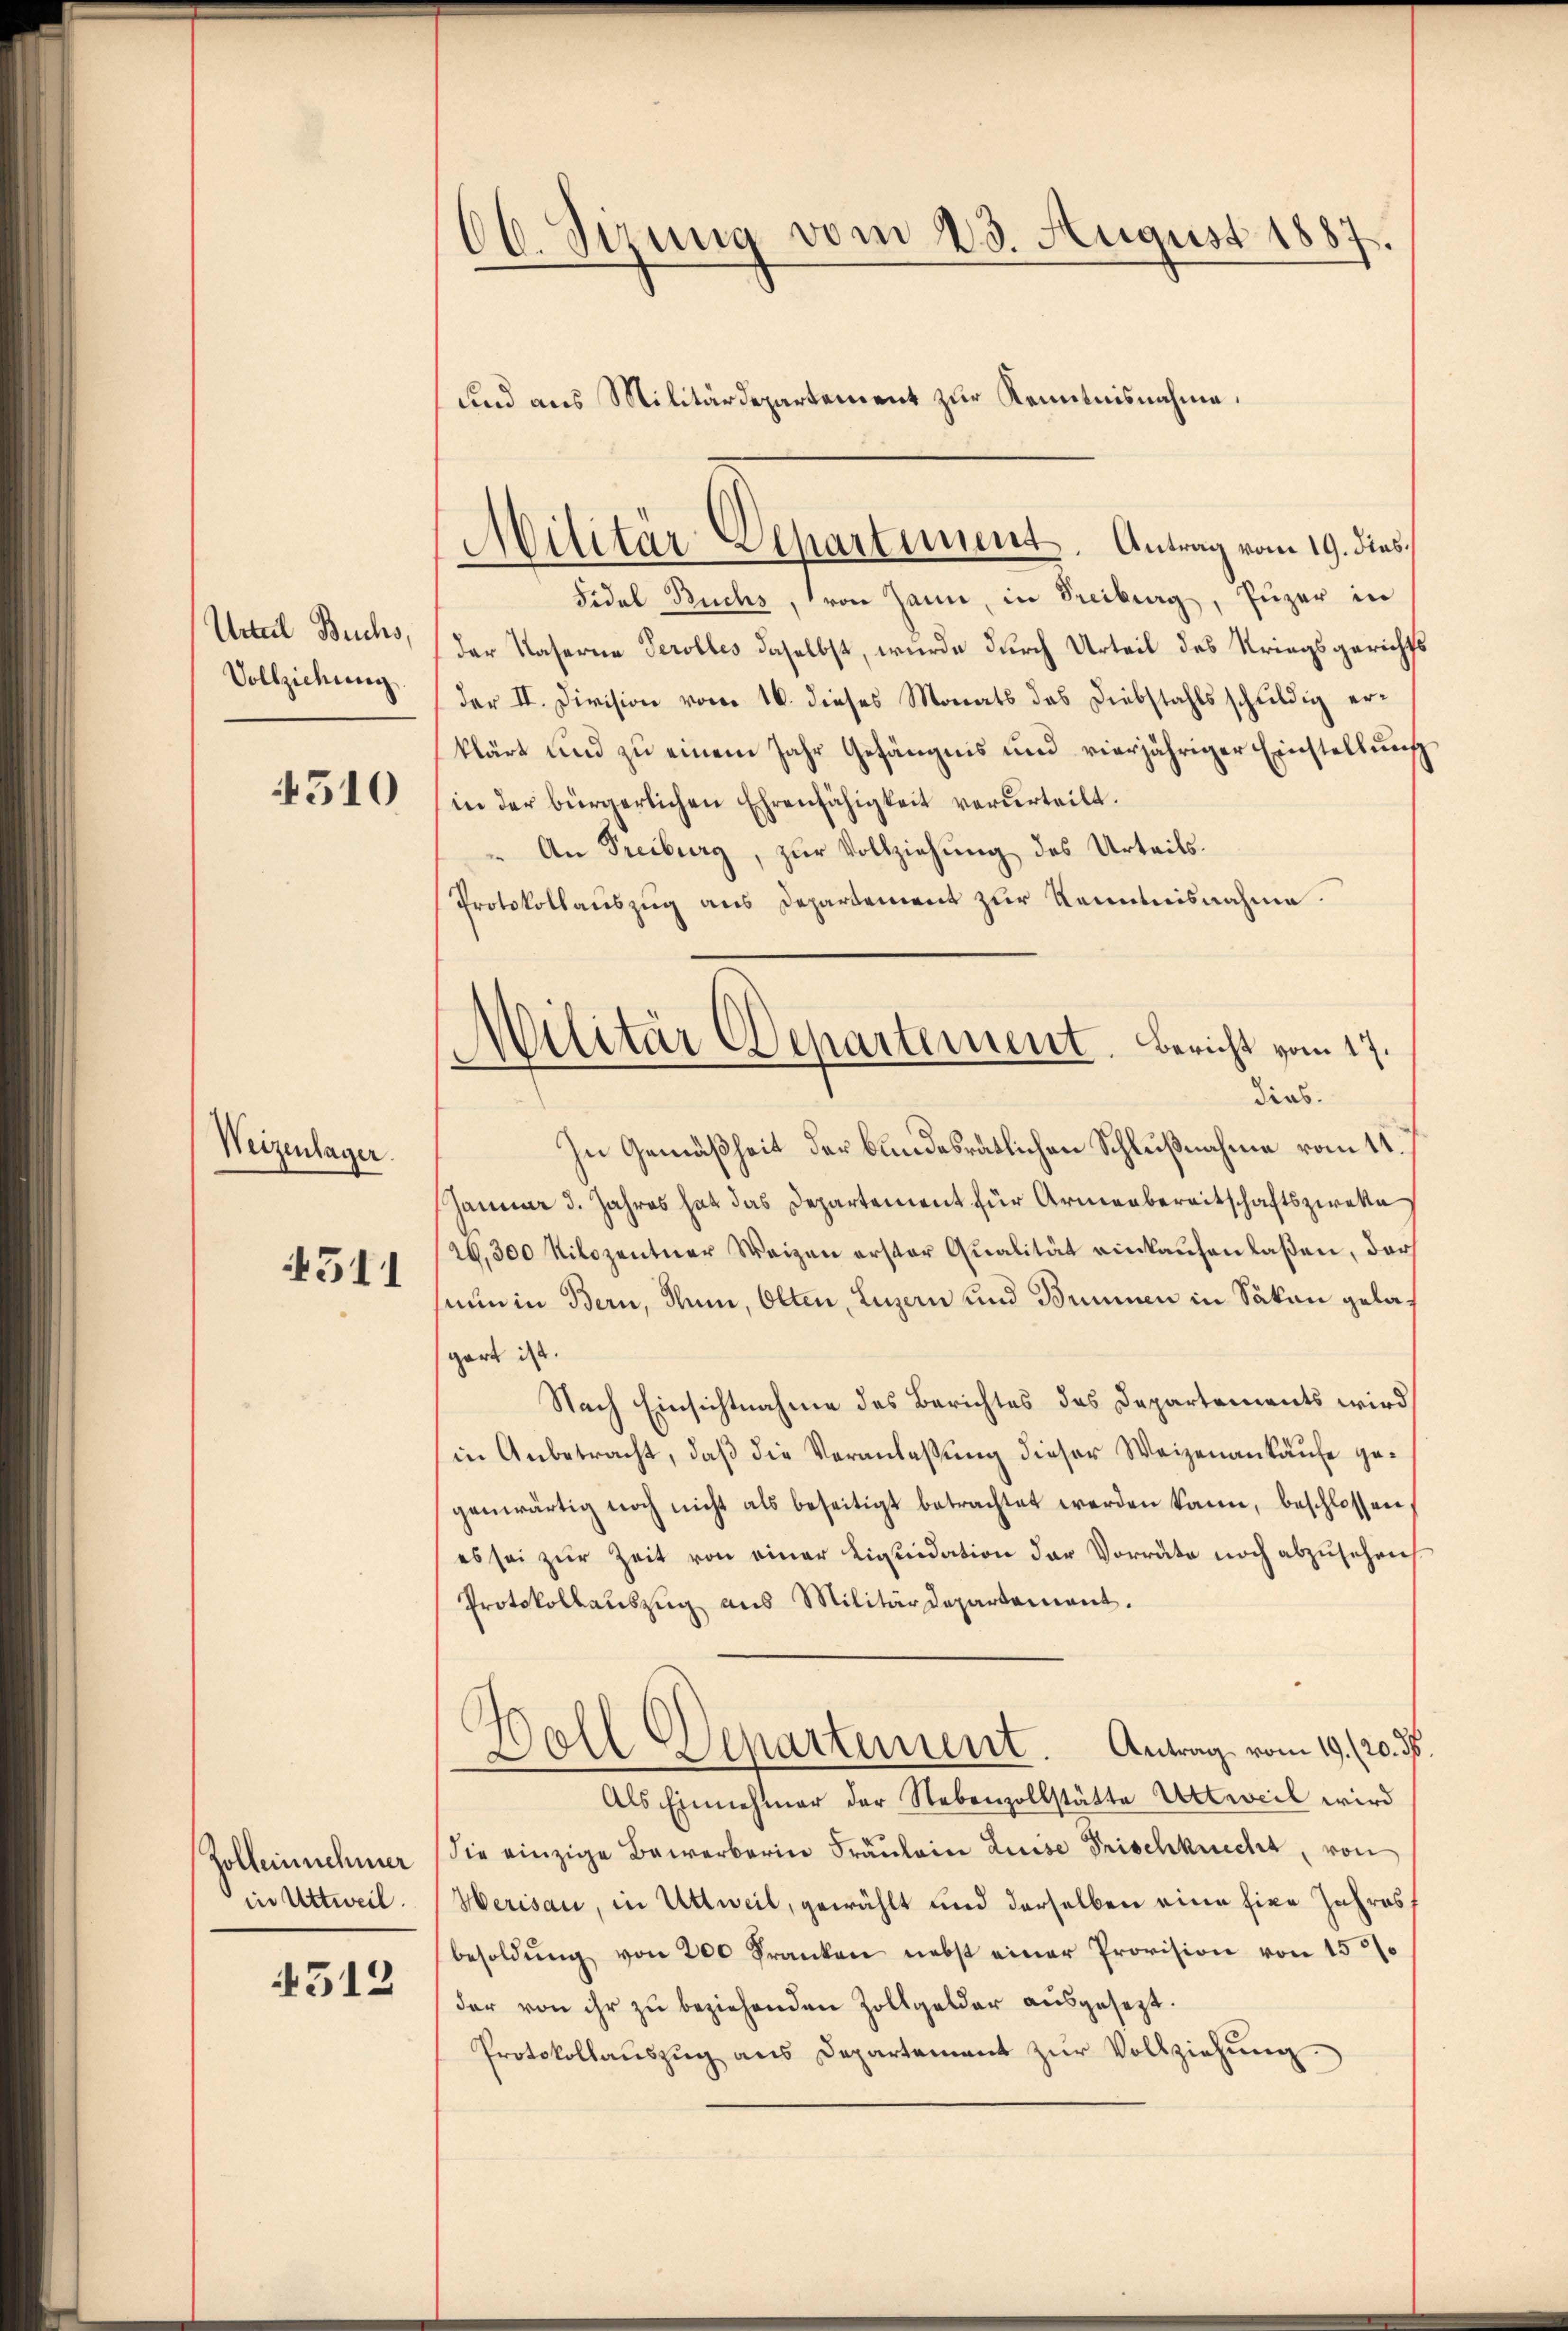
Unterl Buchs,
Vollziehung.

4510

Weizenlager.
541

Zolleinnehmer
in Uttweil.
4512

66. Sizung vom 23. August 1887.
und aus Militärdepartement zur Kenntnisnahme.

Fidel Buchs, von Jann, in Freiburg, Puzer in
der Kaserne Perolles daselbst, wurde durch Urteil des Kriegsgerichts
der II. Division vom 16. dieses Monats das Diebstahls schuldig erklärt und zu einem Jahr Gefängnis und vierjähriger Einstellung
in der bürgerlichen Ehrenfähigkeit verurteilt.
An Freiburg, zur Vollziehung des Urteils.
Protokollauszug aus Departement zur Kenntnisnahme.
In Gemäßheit der bundesrätlichen Schlußnahme vom 11.
Januar d. Jahres hat das Departement für Armenbereitschaftszweke
26,300 Kilozentner Weigen erster Qualität einkaŭfen laßen, dar
saun in Bern, Nun, Olten, Luzern und Brunnen in Säken gelagart ist.
Nach Einsichtnahme des Berichtes des Departements wird
in Anbetracht, daß die Veranlassung dieser Weizenankäufe gegenwärtig noch nicht als beseitigt betrachtet werden kann, beschlossen
es sei zŭr Zeit von einer Liquidation der Vorräte noch abzŭsehens
Protokollauszug aus Militärdepartement.
Doll Departement. Antrag vom 19./20. ds.
Als Einnehmer der Nebenzollstätte Urtweil wird
die einzige Bewerberin Fräulein Luise Frischknecht, von
Herisau, in Urtweil, gewählt und derselben eine Eine Jahres
besoldŭng von 200 Franken nebst einer Provision von 15
der von ihr zu beziehenden Zollgelder ausgesezt.
Protokollaŭszŭg ans Departement zŭr Vollziehŭng.

Militär-Departement. Antrag vom 19. dies

Militär Departement. Bericht vom 17.
dias.